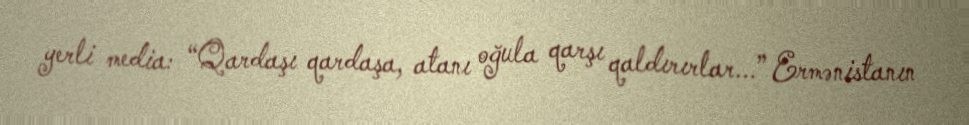
yerli media: “Qardaşı qardaşa, atanı oğula qarşı qaldırırlar...” Ermənistanın